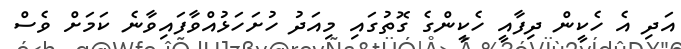
އަދި އެ ހެކީން ދިފާއީ ހެކީންގެ ގޮތުގައި މިއަދު ހުށަހަޅުއްވާފައިވާނެ ކަމަށް ވެސް